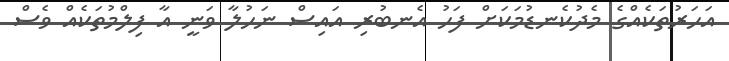
އަހަރުތަކެއްގެ މެދުކެނޑުމަކަށް ފަހު އެނބުރި އައިސް ނަހުލާ ވަނީ އާ ފިލްމުތަކެއް ވެސް